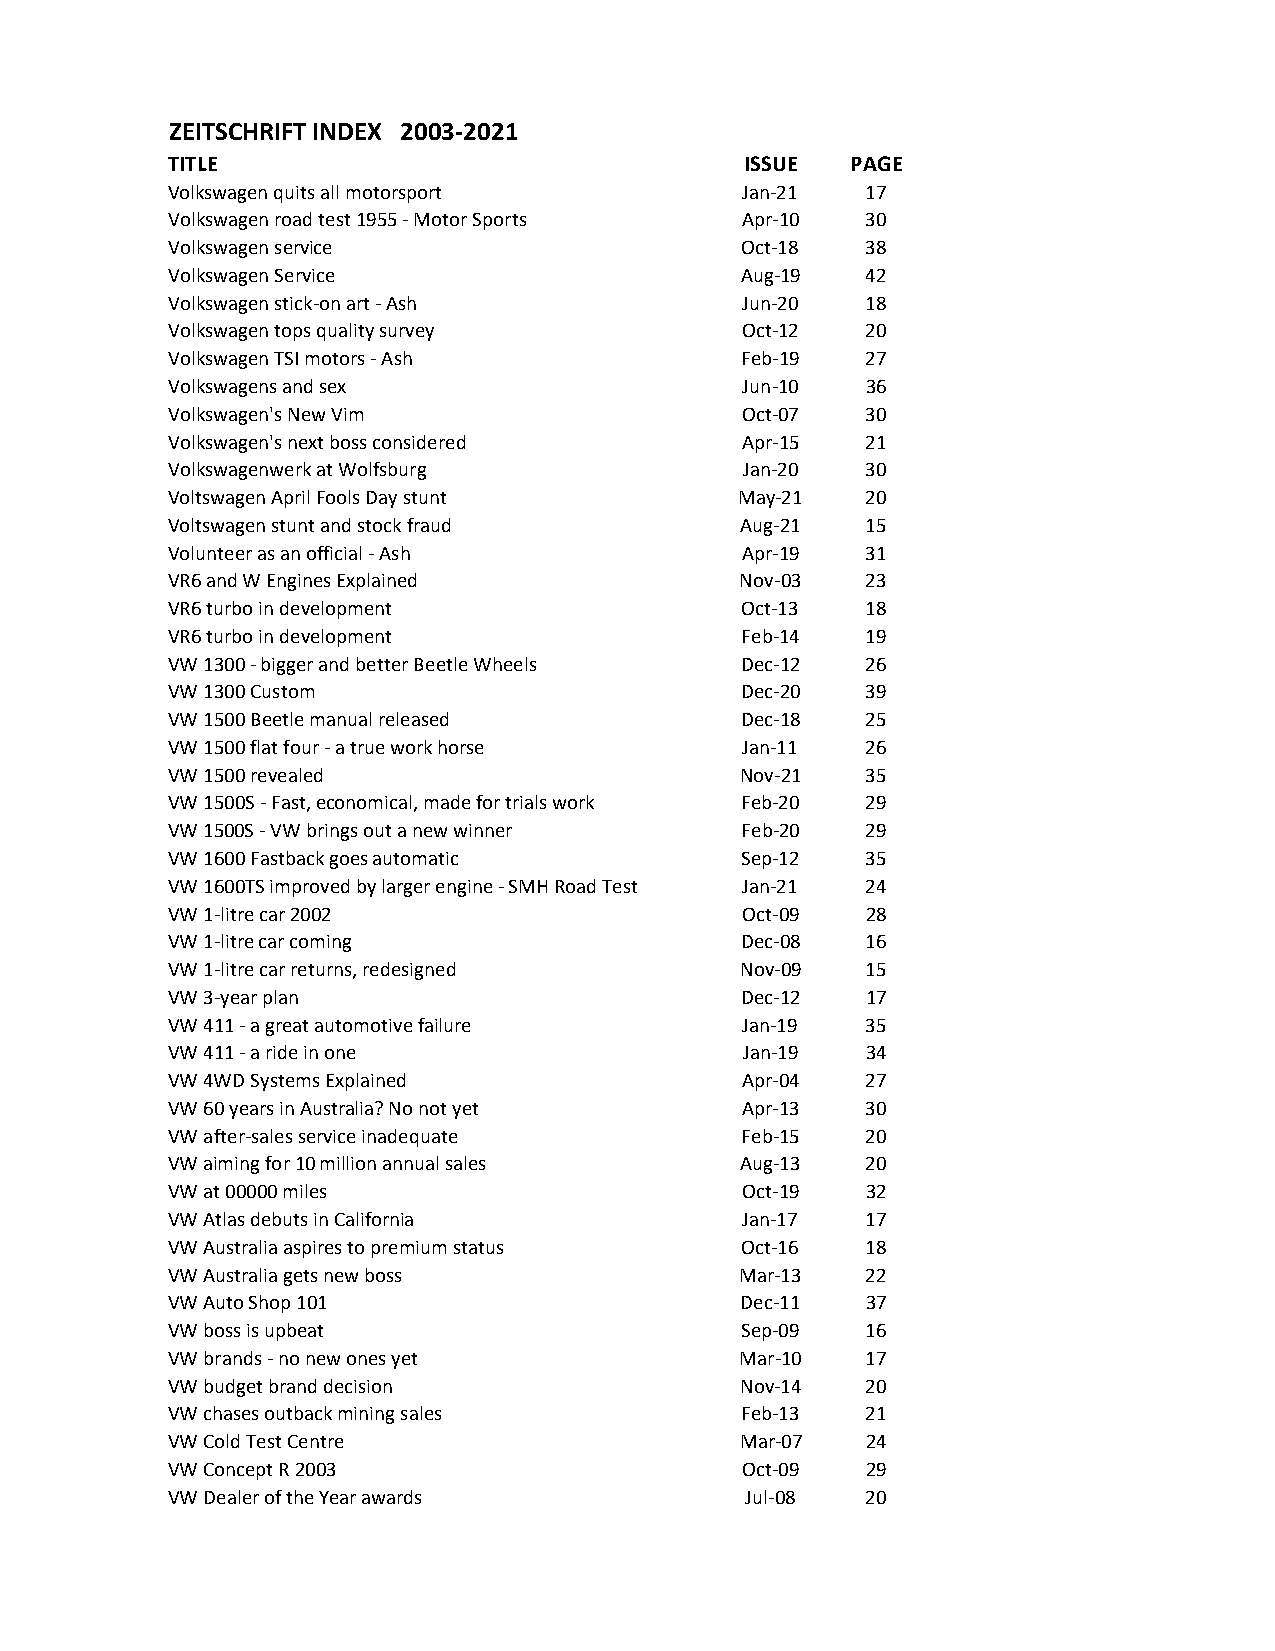
ZEITSCHRIFT INDEX 2003-2021
 TITLE                                 ISSUE  PAGE
 Volkswagen quits all motorsport       Jan-21  17
 Volkswagen road test 1955 - Motor Sports Apr-10 30
 Volkswagen service                    Oct-18  38
 Volkswagen Service                    Aug-19  42
 Volkswagen stick-on art - Ash         Jun-20  18
 Volkswagen tops quality survey        Oct-12  20
 Volkswagen TSI motors - Ash           Feb-19  27
 Volkswagens and sex                   Jun-10  36
 Volkswagen's New Vim                  Oct-07  30
 Volkswagen's next boss considered     Apr-15  21
 Volkswagenwerk at Wolfsburg           Jan-20  30
 Voltswagen April Fools Day stunt      May-21  20
 Voltswagen stunt and stock fraud      Aug-21  15
 Volunteer as an official - Ash        Apr-19  31
 VR6 and W Engines Explained           Nov-03  23
 VR6 turbo in development              Oct-13  18
 VR6 turbo in development              Feb-14  19
 VW 1300 - bigger and better Beetle Wheels Dec-12 26
 VW 1300 Custom                        Dec-20  39
 VW 1500 Beetle manual released        Dec-18  25
 VW 1500 flat four - a true work horse Jan-11  26
 VW 1500 revealed                      Nov-21  35
 VW 1500S - Fast, economical, made for trials work Feb-20 29
 VW 1500S - VW brings out a new winner Feb-20  29
 VW 1600 Fastback goes automatic       Sep-12  35
 VW 1600TS improved by larger engine - SMH Road Test Jan-21 24
 VW 1-litre car 2002                   Oct-09  28
 VW 1-litre car coming                 Dec-08  16
 VW 1-litre car returns, redesigned    Nov-09  15
 VW 3-year plan                        Dec-12  17
 VW 411 - a great automotive failure   Jan-19  35
 VW 411 - a ride in one                Jan-19  34
 VW 4WD Systems Explained              Apr-04  27
 VW 60 years in Australia? No not yet  Apr-13  30
 VW after-sales service inadequate     Feb-15  20
 VW aiming for 10 million annual sales Aug-13  20
 VW at 00000 miles                     Oct-19  32
 VW Atlas debuts in California         Jan-17  17
 VW Australia aspires to premium status Oct-16 18
 VW Australia gets new boss            Mar-13  22
 VW Auto Shop 101                      Dec-11  37
 VW boss is upbeat                     Sep-09  16
 VW brands - no new ones yet           Mar-10  17
 VW budget brand decision              Nov-14  20
 VW chases outback mining sales        Feb-13  21
 VW Cold Test Centre                   Mar-07  24
 VW Concept R 2003                     Oct-09  29
 VW Dealer of the Year awards          Jul-08  20